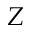
\boldsymbol { Z }